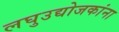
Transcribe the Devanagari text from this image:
लघुउद्योजकांना